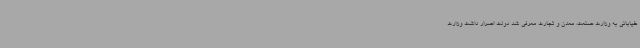
خیابانی به وزارت صنعت، معدن و تجارت معرفی شد دولت اصرار داشت وزارت